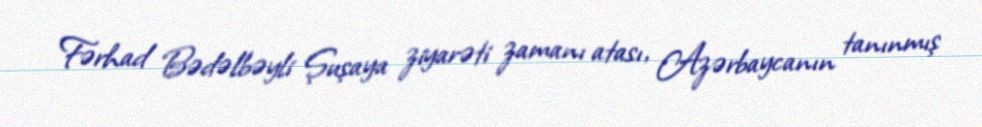
Fərhad Bədəlbəyli Şuşaya ziyarəti zamanı atası, Azərbaycanın tanınmış